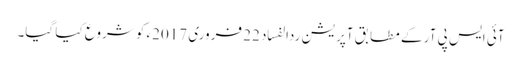
آئی ایس پی آر کے مطابق آپریشن ردالفساد 22 فروری 2017ء کو شروع کیا گیا۔